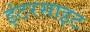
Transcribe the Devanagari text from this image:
इंटरसाइट